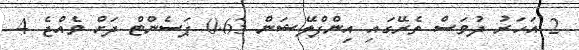
2 އަހަރު ދުވަސް ތެރޭގައި އިންފްލޭޝަން 0.63 ޕަސެންޓް ދަށް ވެއްޖެ 4